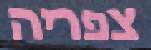
צפריה